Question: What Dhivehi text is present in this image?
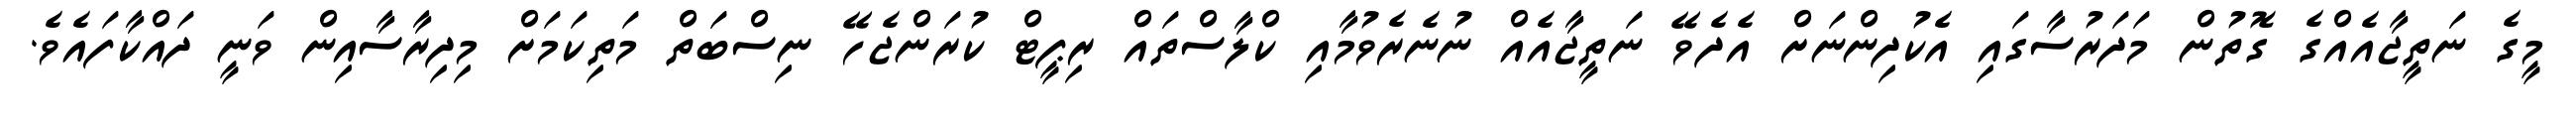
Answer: މީގެ ނަތީޖާއެއްގެ ގޮތުން މަދަރުސާގައި އެކުދިންނަށް އެދެވޭ ނަތީޖާއެއް ނުނެރެވުމާއި ކްލާސްތައް ރިޕީޓް ކުރަންޖެހޭ ނިސްބަތް މަތިކަމަށް މިދިރާސާއިން ވަނީ ދައްކާފައެވެ.